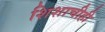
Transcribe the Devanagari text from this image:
शिशाचीही